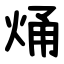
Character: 㷁